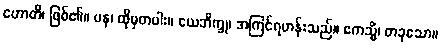
ဟောတိ၊ ဖြစ်၏။ ပန၊ ထိုမှတပါး။ ယေဘိက္ခု၊ အကြင်ရဟန်းသည်။ ဧကသ္မိံ၊ တခုသော။